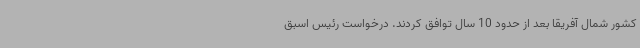
کشور شمال آفریقا بعد از حدود 10 سال توافق کردند. درخواست رئیس اسبق